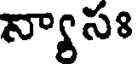
న్యాసః